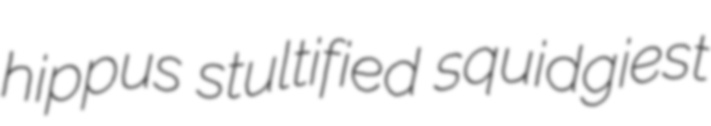
hippus stultified squidgiest